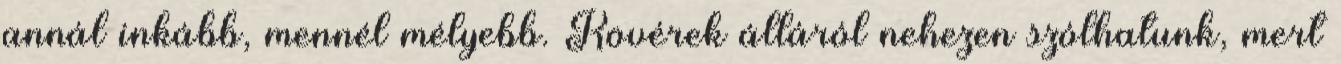
annál inkább, mennél mélyebb. Kövérek álláról nehezen szólhatunk, mert